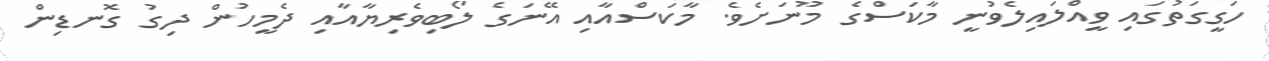
ހަގީގަތުގައި ވީއްލައިލެވުނީ މާކަސްގެ މޫނަށެވެ. މާކަސްއާއި އޭނަގެ ލޯބިވެރިޔާއާއި ދެމީހުން ދިގު ގޮނޑިން